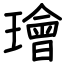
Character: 璯